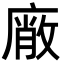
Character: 𭙱